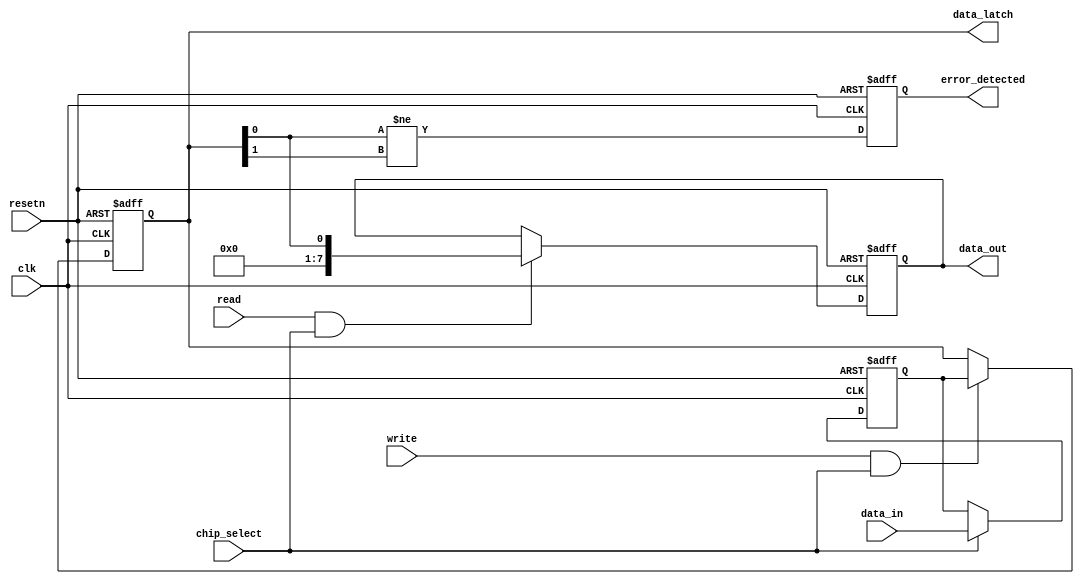
module FeRAM_IO_Block (
    input wire clk,                // System clock
    input wire resetn,            // Active low reset
    input wire [data_width-1:0] data_in,  // External data input
    output reg [data_width-1:0] data_out, // External data output
    input wire read,              // Read control signal
    input wire write,             // Write control signal
    input wire chip_select,       // Chip select signal
    output reg error_detected,    // Error detected signal
    output reg [data_width-1:0] data_latch  // Temporary data storage
);
  
parameter data_width = 8; // Example data width; adjust as needed

// Internal signals
reg [data_width-1:0] internal_data;
wire [data_width-1:0] level_shifted_data; // For level-shifting
wire read_sense_output; // Output from read sensing circuit

// Level Shifter
always @(*) begin
    // Simple example of level shifting (can be more complex)
    level_shifted_data = data_in; // This can be adjusted for real level shifting
end

// Input Buffer with Schmitt Trigger (Simple Buffer Example)
always @(posedge clk or negedge resetn) begin
    if (!resetn) begin
        internal_data <= 0;
    end else if (chip_select) begin
        internal_data <= level_shifted_data; // Capture data from input
    end
end

// Data Latch
always @(posedge clk or negedge resetn) begin
    if (!resetn) begin
        data_latch <= 0;
    end else if (write && chip_select) begin
        data_latch <= internal_data; // Store data in latch
    end
end

// Read Operation
always @(posedge clk or negedge resetn) begin
    if (!resetn) begin
        data_out <= 0;
    end else if (read && chip_select) begin
        data_out <= read_sense_output; // Output the sensed data
    end
end

// Write Driver (Stub Implementation)
always @(posedge clk or negedge resetn) begin
    if (!resetn) begin
        // Initialization if needed
    end else if (write && chip_select) begin
        // Drive the write signals to memory cells (example operation)
        // This should interface with your memory cell model
    end
end

// Read Sensing Circuit (Stub Implementation)
assign read_sense_output = data_latch; // Simple wire assignment (should include sensing logic)

// Error Detection and Correction (Stub Implementation)
always @(posedge clk or negedge resetn) begin
    if (!resetn) begin
        error_detected <= 0;
    end else begin
        // Implement your error detection logic here
        error_detected <= (data_latch[0] != data_latch[1]); // Example error check (parity, etc.)
    end
end

endmodule